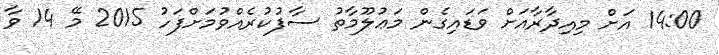
14:00 އަށް މިއިދާރާއަށް ވަޑައިގެން މަޢުލޫމާތު ސާފުކުރެއްވުމަށްފަހު 2015 މޭ 14 ވާ